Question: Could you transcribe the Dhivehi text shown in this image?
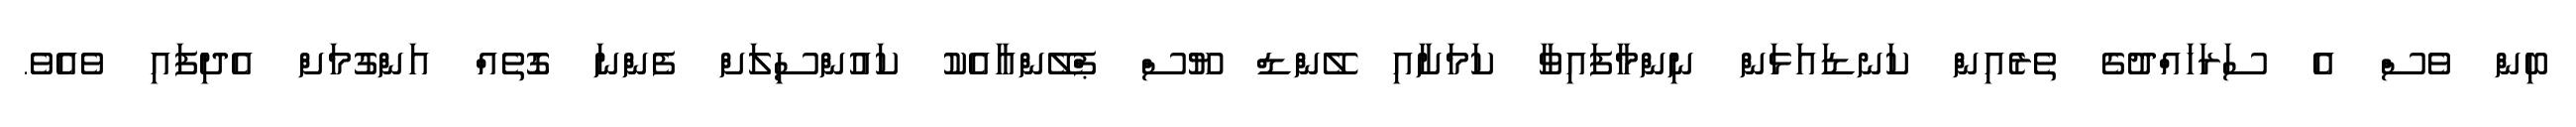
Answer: ބިން ވެސް އެ ސަރަހައްދުގެ ތެރެއިން ކަނޑައަޅަން ނިންމާފައިވާ ކަމަށާއި ލޭންޑް ޔޫސް ޕްލޭންއާއެކު ކައުންސިލަށް ފެންނަ ގޮތެއް އަންގުމަށް އެދިފައި ވެއެވެ.